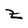
Character: z